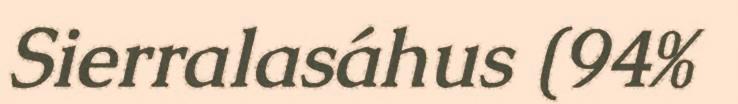
Sierralasáhus (94%